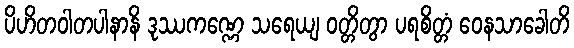
ပိဟိတဝါတပါနာနိ ဒုဿကဏ္ဏေ သရေယျ ဝတ္တိတွာ ပရစိတ္တံ ဝေနသာခေါတိ